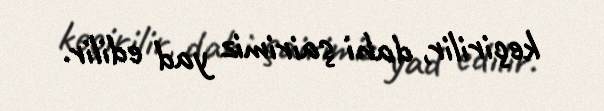
keçirilir, dahi şairimiz yad edilir.